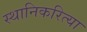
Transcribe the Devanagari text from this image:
स्थानिकरित्या